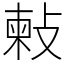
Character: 㪝